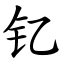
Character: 钇